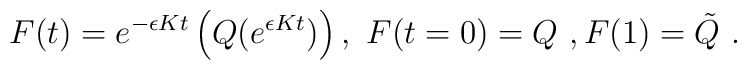
F(t)=e^{-\epsilon K t}\left(Q(e^{\epsilon Kt})    \right) , \ F(t=0)=Q \ , F(1)=\tilde{Q} \ .